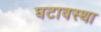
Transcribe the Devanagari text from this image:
घटावस्था